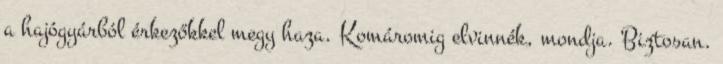
a hajógyárból érkezőkkel megy haza. Komáromig elvinnék, mondja. Biztosan.